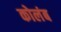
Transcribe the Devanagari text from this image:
कोलंब